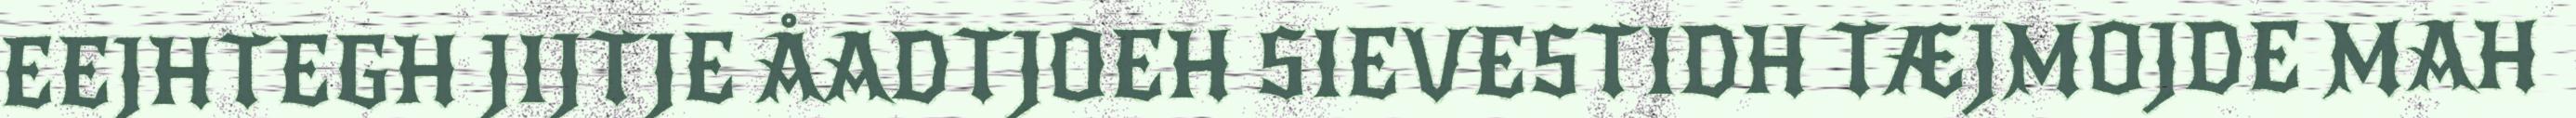
EEJHTEGH JIJTJE ÅADTJOEH SIEVESTIDH TÆJMOJDE MAH